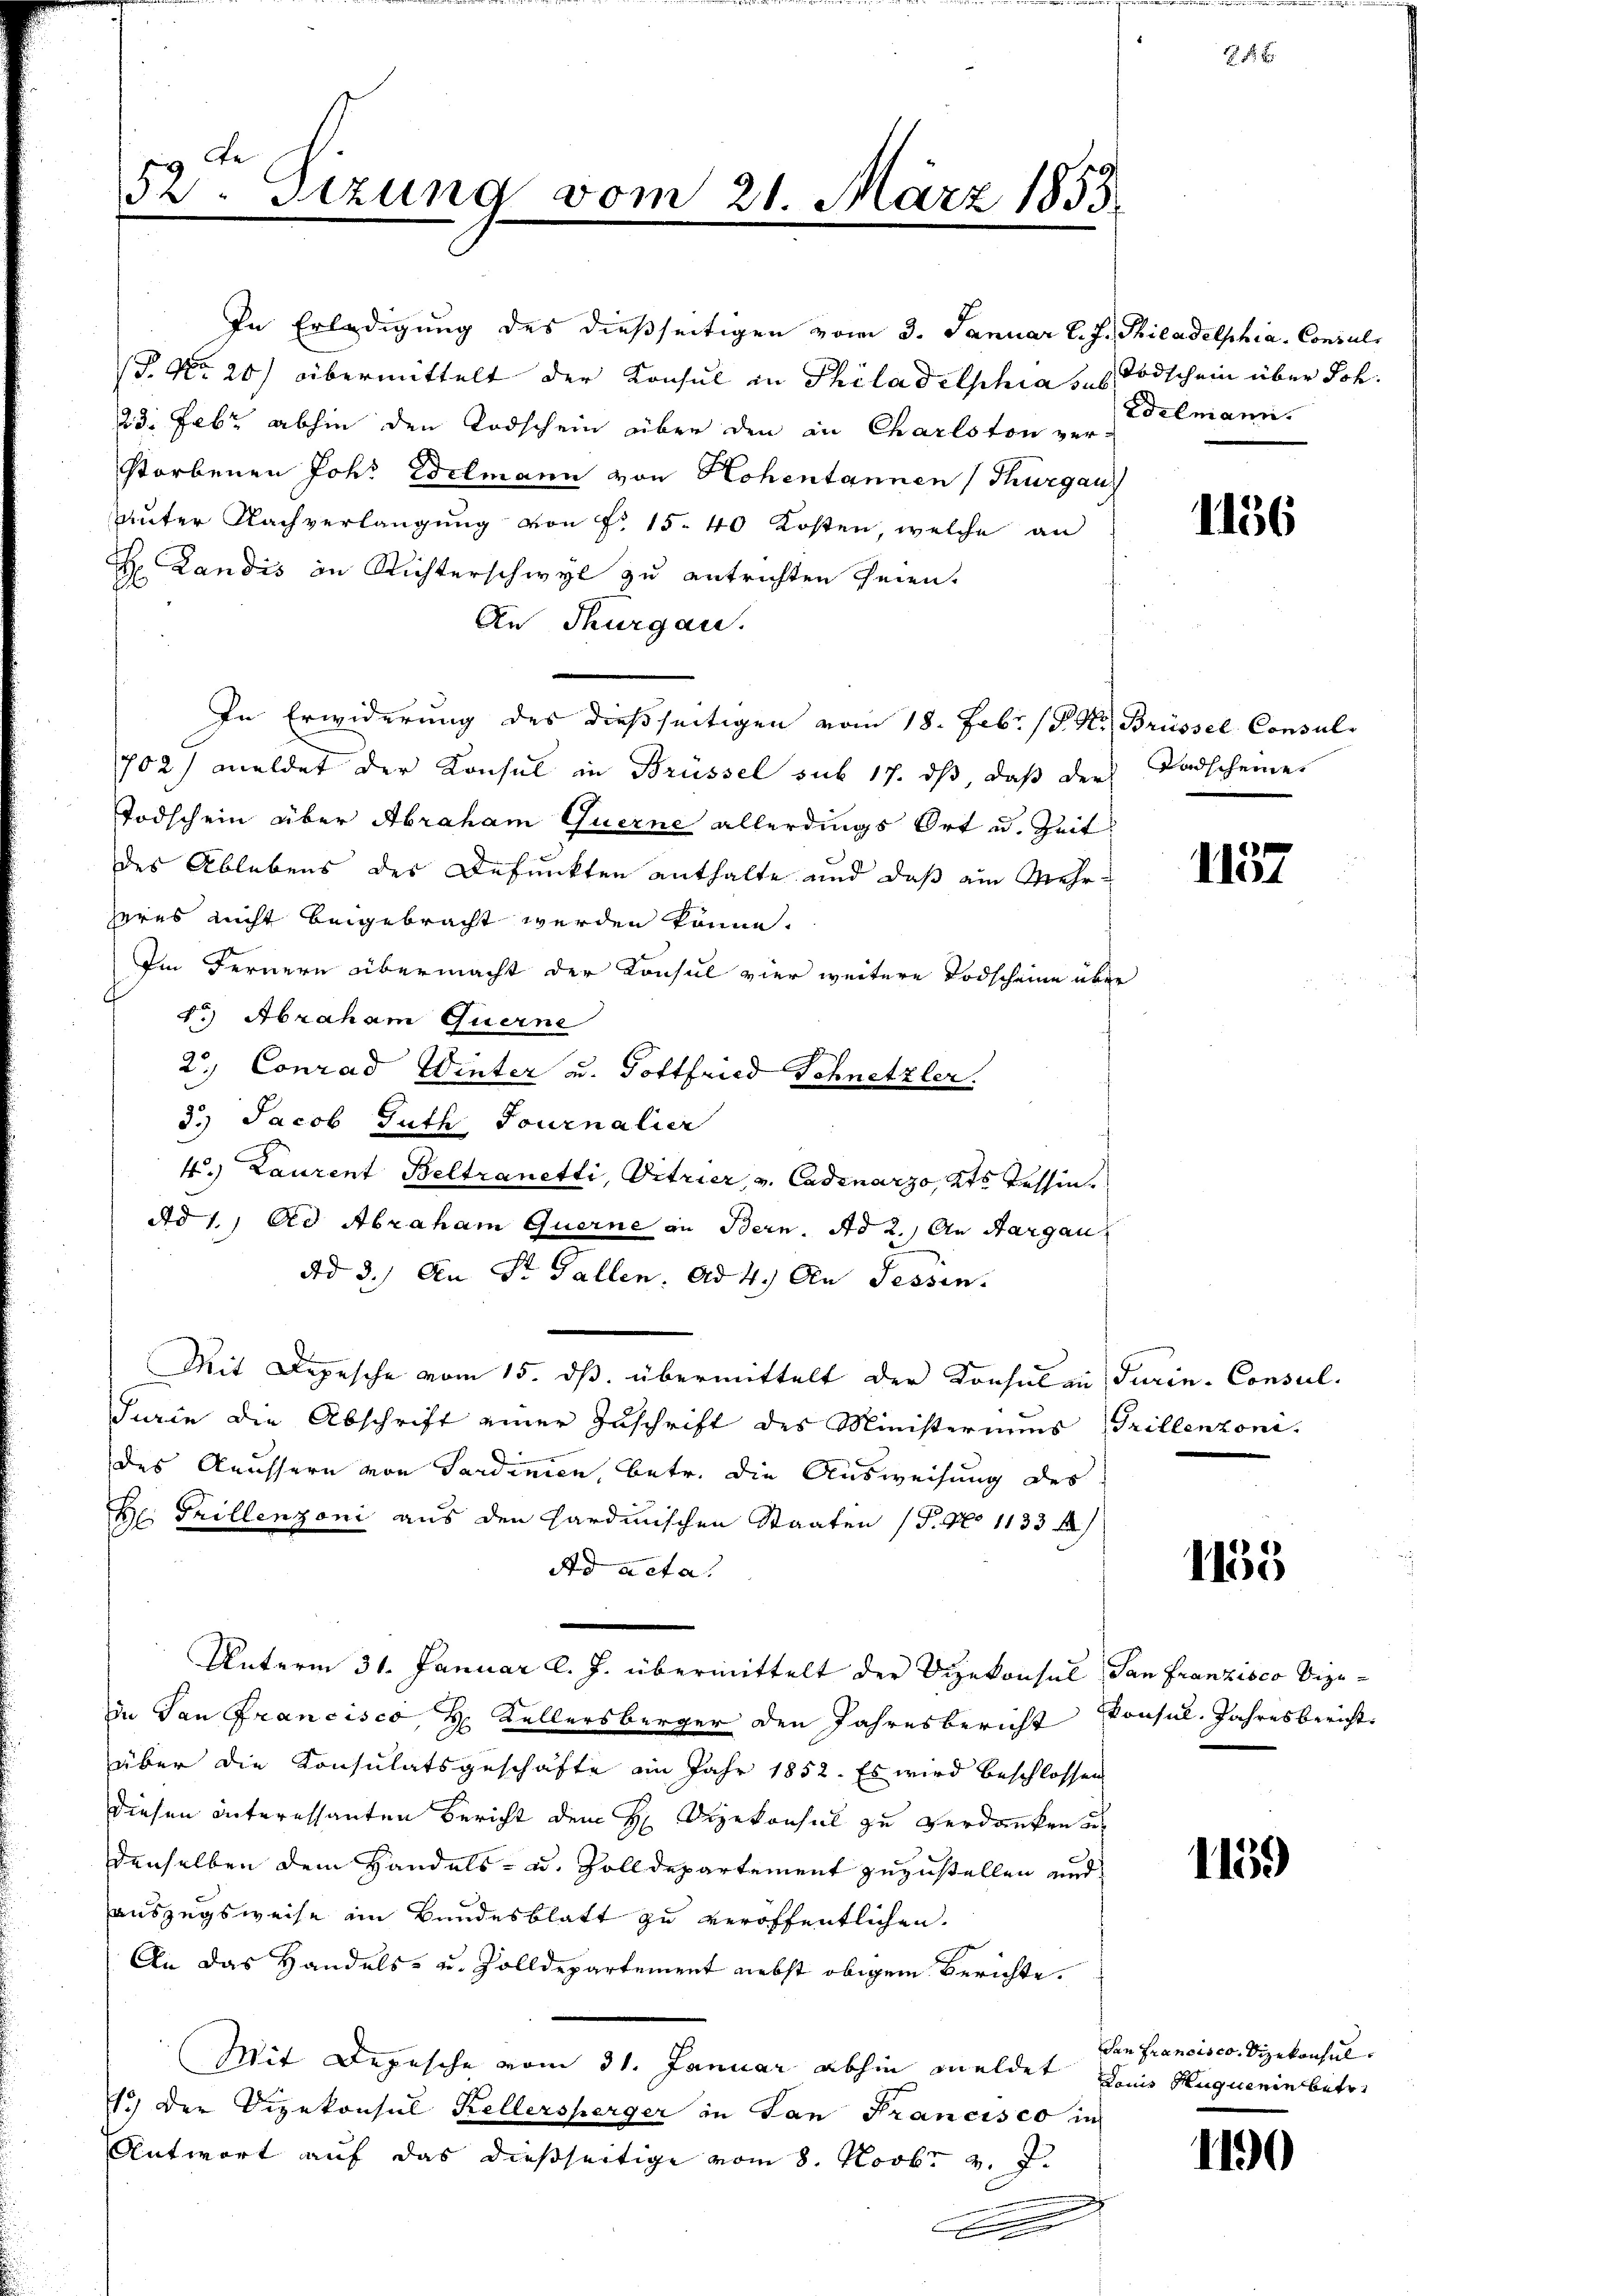
52. Sizung vom 21. März 1853

In Erledigung des dießseitigen vom 3. Januar l. J. Philadelphia Consuls
(P. Nr. 20) übermittelt der Konsul in Philadelphia des Todschein über Joh.
23. Febr. abhin den Todschein über den in Charlston verstorbenen Joh. Edelmann von Hohentannen (Thurgau
Unter Nachverlangung von fr. 15. 40 Kosten, welche an
 Landis in Richterschwyl zu entrichten seien.
An Thurgau.
In Erwiderung des dießseitigen vom 18. Febr. /. M. Brüssel Consul-
702) meldet der Konsul in Brüssel sub 17. dß, daß der Todscheiner
Todschein über Abraham Querne allerdings Ort u. Zeit
des Ablebens des Defunkten enthalte und daß ein Mehrzeres nicht beigebracht werden könne.
Im Fernern übermacht der Konsul vier weitere Todscheine über
1.) Abraham Querne
2.) Conrad Winter u. Gottfried Schnetzler.
3.) Jacob Guth Tournalier
4.) Laurent Beltranetti, Vitrier, v. Cadenarzo, Kts Tessin.
dd 1. Ad Abraham Querne an Bern. Ad 2.) An Aargau
Ad 2.) An St. Gallen, ad 4.) An Sessen.
Mit Depesche vom 15. ds. übermittelt der Konsula Turin-Consul
Turin die Abschrift einer Zuschrift des Ministeriums (Trillenzonides Aeussern von Sardinien, betr. die Ausweisung des
 Grillenzoni aus den sardinischen Staaten (T. No 1133 f
Ad acta.
Unterm 31. Januar l. J. übermittelt der Vizekonsul San Franzisco Vize-
in San Francisco, H. Kellersberger den Jahresbericht Konsul, Jahresbericht
über die Konsulatsgeschäfte an Jahr 1852. Es wird beschlossen
diesen Interessanten Bericht dem H. Vizekonsul zu verdanken d
denselben dem Handels- u. Zolldepartement zuzustellen und
auszugsweise im Bundesblatt zu veröffentlichen.
An das Handels- u. Zolldepartement nebst obigem Berichte.
Mit Depesche vom 31. Januar abhin meldet sein Huguenin betr.
1.) Der Vizekonsul Kellersperger in San Francisco in
Antwort auf das dießseitige vom 8. Novbr. v. J.
.

f 4 x

Edelmann.

1156

1157

1135

1159

dan Francisco, Sizekonsul¬

1190